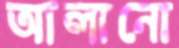
আলানো